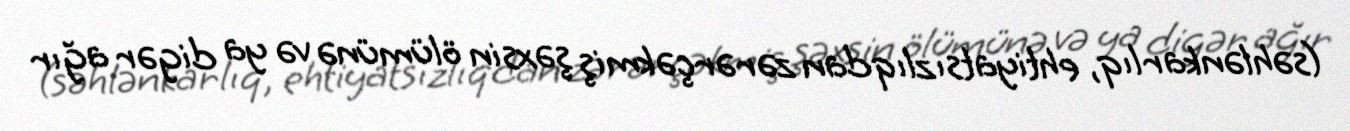
(səhlənkarlıq, ehtiyatsızlıqdan zərərçəkmiş şəxsin ölümünə və ya digər ağır